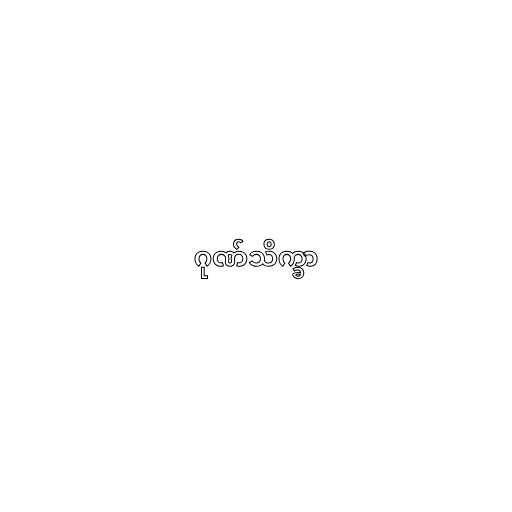
ဂုဏ်သိက္ခာ